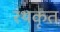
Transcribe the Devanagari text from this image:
रथकृत